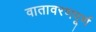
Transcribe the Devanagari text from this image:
वातावरणपूर्ण